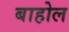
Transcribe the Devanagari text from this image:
बाहोल